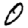
Digit: 0